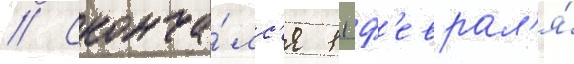
// Сконча́лс'я 11 ф'еврал'я́